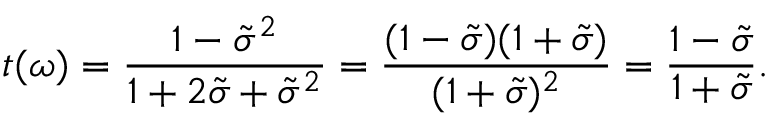
t ( \omega ) = \frac { 1 - \tilde { \sigma } ^ { 2 } } { 1 + 2 \tilde { \sigma } + \tilde { \sigma } ^ { 2 } } = \frac { ( 1 - \tilde { \sigma } ) ( 1 + \tilde { \sigma } ) } { ( 1 + \tilde { \sigma } ) ^ { 2 } } = \frac { 1 - \tilde { \sigma } } { 1 + \tilde { \sigma } } .